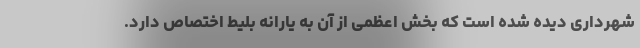
شهرداری دیده شده است که بخش اعظمی از آن به یارانه بلیط اختصاص دارد.